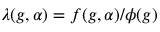
\lambda ( g , \alpha ) = f ( g , \alpha ) / \phi ( g )